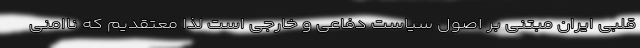
قلبی ایران مبتنی بر اصول سیاست دفاعی و خارجی است لذا معتقدیم که ناامنی